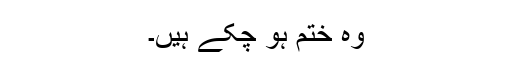
وہ ختم ہو چکے ہیں۔